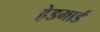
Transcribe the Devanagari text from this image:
हेडगार्ड